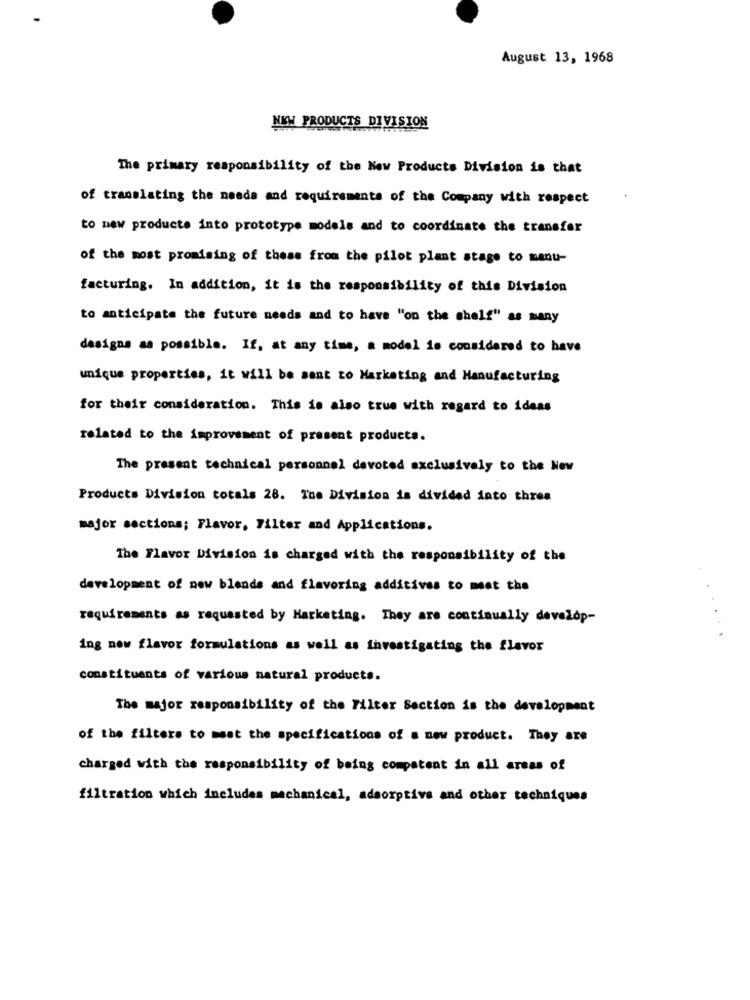
August 13, 1968
NEW PRODUCTS DIVISION
The primary responsibility of the New Products Division is that
of translating the needs and requirements of the Company with respect
to new products into prototype models and to coordinate the transfer
of the most promising of these from the pilot plant stage to menu-
facturing. In addition, it is the responsibility of this Division
to anticipate the future needs and to have "on the shelf" as many
designs as possible. If, at any time, a model is considered to have
unique properties, it will be sent to Marketing and Manufacturing
for their consideration. This is also true with regard to ideas
related to the improvement of present products.
The present technical personnel devoted exclusively to the New
Products Division totals 28. The Division is divided into three
major sections; Flavor, Filter and Applications.
The Flavor Division is charged with the responsibility of the
development of new blends and flavoring additives to meet the
requirements as requested by Marketing. They are continually develop-
ing new flavor formulations as well as investigating the flavor
constituents of various natural products.
The major responsibility of the Filter Section is the development
of the filters to meet the specifications of a new product. They are
charged with the responsibility of being competent in all areas of
filtration which includes mechanical, adsorptive and other techniques